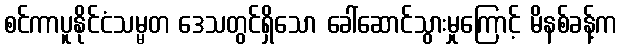
စင်ကာပူနိုင်ငံသမ္မတ ဒေသတွင်ရှိသော ခေါ်ဆောင်သွားမှုကြောင့် မိနစ်ခန့်က